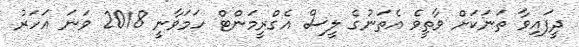
ދީފައިވާ ތަނަކަށް ވާތީވެ އެތަނުގެ ލީސް އެގްރީމަންޓް ހަމަވާނީ 2018 ވަނަ އަހަރު